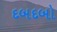
દબદબો